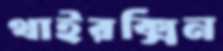
থাইরক্সিন